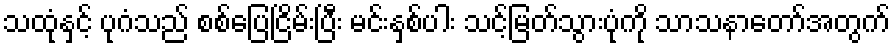
သထုံနှင့် ပုဂံသည် စစ်ပြေငြိမ်းပြီး မင်းနှစ်ပါး သင့်မြတ်သွားပုံကို သာသနာတော်အတွက်